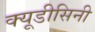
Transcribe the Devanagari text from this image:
क्यूडीसिनी